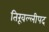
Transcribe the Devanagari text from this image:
तिरूवल्लीपद